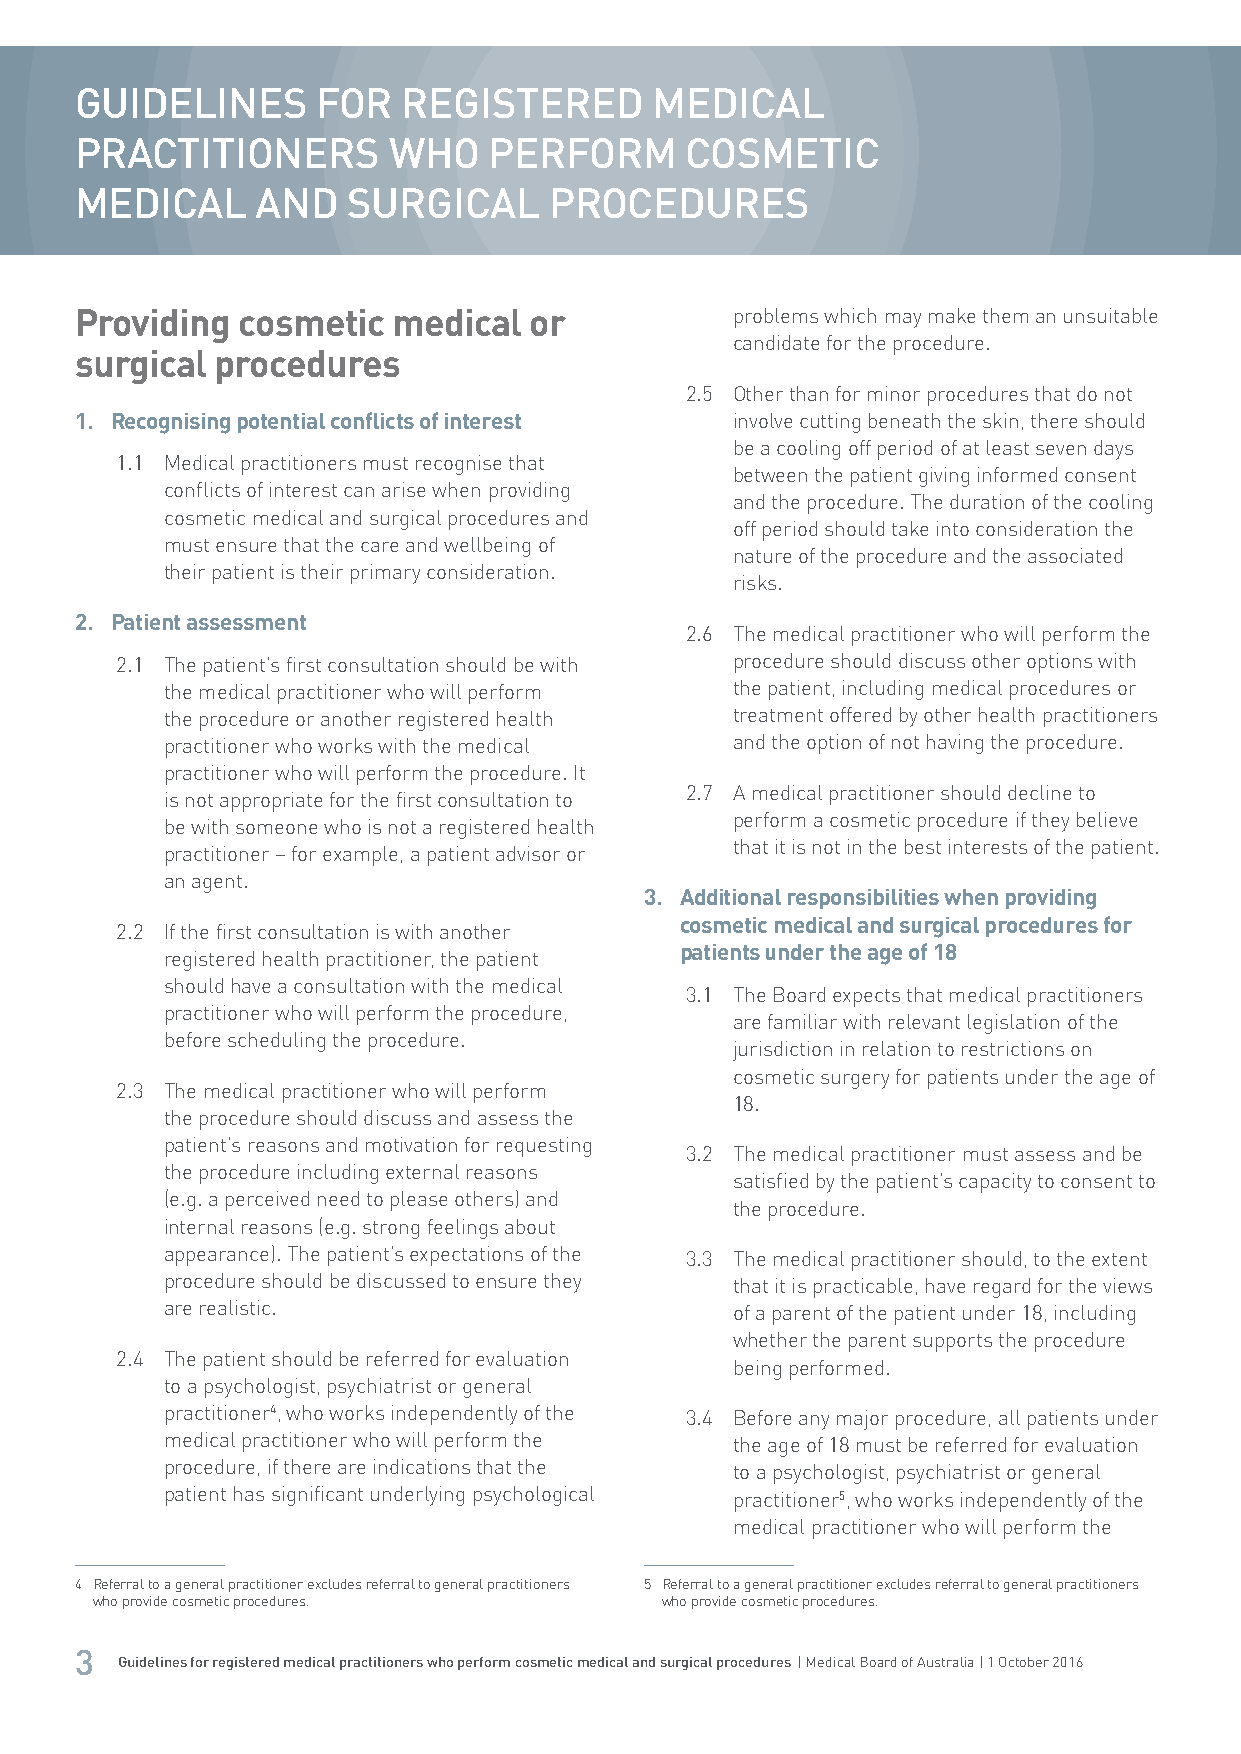
GUIDELINES      FOR   REGISTERED      MEDICAL
 PRACTITIONERS        WHO   PERFORM      COSMETIC
 MEDICAL     AND   SURGICAL     PROCEDURES
 Providing  cosmetic  medical  or           problems which may make them an unsuitable
 candidate for the procedure.
 surgical procedures
 2.5 Other than for minor procedures that do not
 1. Recognising potential conflicts of interest involve cutting beneath the skin, there should
 be a cooling off period of at least seven days
 1.1 Medical practitioners must recognise that
 between the patient giving informed consent
 conflicts of interest can arise when providing
 and the procedure. The duration of the cooling
 cosmetic medical and surgical procedures and
 off period should take into consideration the
 must ensure that the care and wellbeing of
 nature of the procedure and the associated
 their patient is their primary consideration.
 risks.
 2. Patient assessment
 2.6 The medical practitioner who will perform the
 2.1 The patient’s first consultation should be with procedure should discuss other options with
 the medical practitioner who will perform the patient, including medical procedures or
 the procedure or another registered health treatment offered by other health practitioners
 practitioner who works with the medical and the option of not having the procedure.
 practitioner who will perform the procedure. It
 2.7 A medical practitioner should decline to
 is not appropriate for the first consultation to
 perform a cosmetic procedure if they believe
 be with someone who is not a registered health
 that it is not in the best interests of the patient.
 practitioner – for example, a patient advisor or
 an agent.
 3. Additional responsibilities when providing
 cosmetic medical and surgical procedures for
 2.2 If the first consultation is with another
 patients under the age of 18
 registered health practitioner, the patient
 should have a consultation with the medical
 3.1 The Board expects that medical practitioners
 practitioner who will perform the procedure,
 are familiar with relevant legislation of the
 before scheduling the procedure.
 jurisdiction in relation to restrictions on
 cosmetic surgery for patients under the age of
 2.3 The medical practitioner who will perform
 18.
 the procedure should discuss and assess the
 patient’s reasons and motivation for requesting
 3.2 The medical practitioner must assess and be
 the procedure including external reasons
 satisfied by the patient’s capacity to consent to
 (e.g. a perceived need to please others) and
 the procedure.
 internal reasons (e.g. strong feelings about
 appearance). The patient’s expectations of the 3.3 The medical practitioner should, to the extent
 procedure should be discussed to ensure they that it is practicable, have regard for the views
 are realistic.                       of a parent of the patient under 18, including
 whether the parent supports the procedure
 2.4 The patient should be referred for evaluation
 being performed.
 to a psychologist, psychiatrist or general
 practitioner4, who works independently of the 3.4 Before any major procedure, all patients under
 medical practitioner who will perform the the age of 18 must be referred for evaluation
 procedure, if there are indications that the to a psychologist, psychiatrist or general
 patient has significant underlying psychological practitioner5, who works independently of the
 medical practitioner who will perform the
 4 Referral to a general practitioner excludes referral to general practitioners 5 Referral to a general practitioner excludes referral to general practitioners
 who provide cosmetic procedures.      who provide cosmetic procedures.
 3
 Guidelines for registered medical practitioners who perform cosmetic medical and surgical procedures | Medical Board of Australia | 1 October 2016